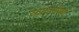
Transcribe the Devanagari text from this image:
व्यायामविद्या